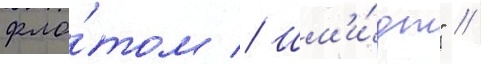
фло́том // Шм'и́дт" //